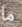
ما